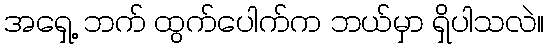
အရှေ့ ဘက် ထွက်ပေါက်က ဘယ်မှာ ရှိပါသလဲ။